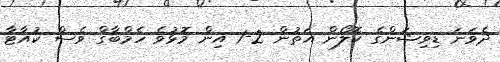
ދެވަނަ ޑިވިޝަންގެ ކޮލޯން އަތުން 2-1 އިން މޮޅުވެ ހެމްބާގް ވެސް ކުއާޓާ